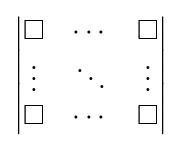
\textstyle {\begin{vmatrix}\Box &\cdots &\Box \\\vdots &\ddots &\vdots \\\Box &\cdots &\Box \end{vmatrix}}